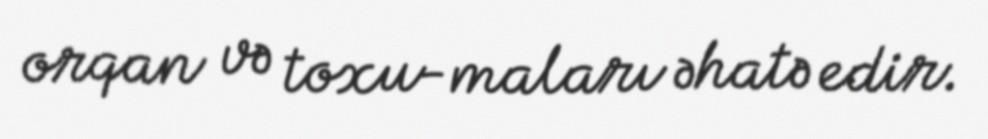
orqan və toxu-maları əhatə edir.